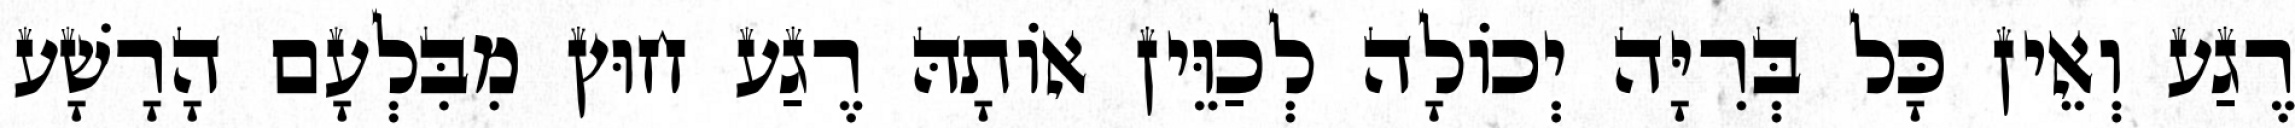
רֶגַע וְאֵין כָּל בְּרִיָּה יְכוֹלָה לְכַוֵּין אוֹתָהּ רֶגַע חוּץ מִבִּלְעָם הָרָשָׁע